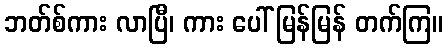
ဘတ်စ်ကား လာပြီ၊ ကား ပေါ် မြန်မြန် တက်ကြ။